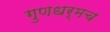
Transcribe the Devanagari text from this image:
गुणधर्मच